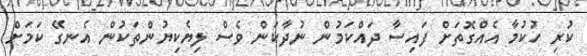
ކުރި ހުކުމާ އެއްގޮތަށް ފައިސާ ދައްކަމުން ނުދާކަން ވެސް ލިޔެކިޔުންތަކުން އެނގޭ ކަމަށް